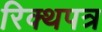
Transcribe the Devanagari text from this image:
रिक्थपत्र